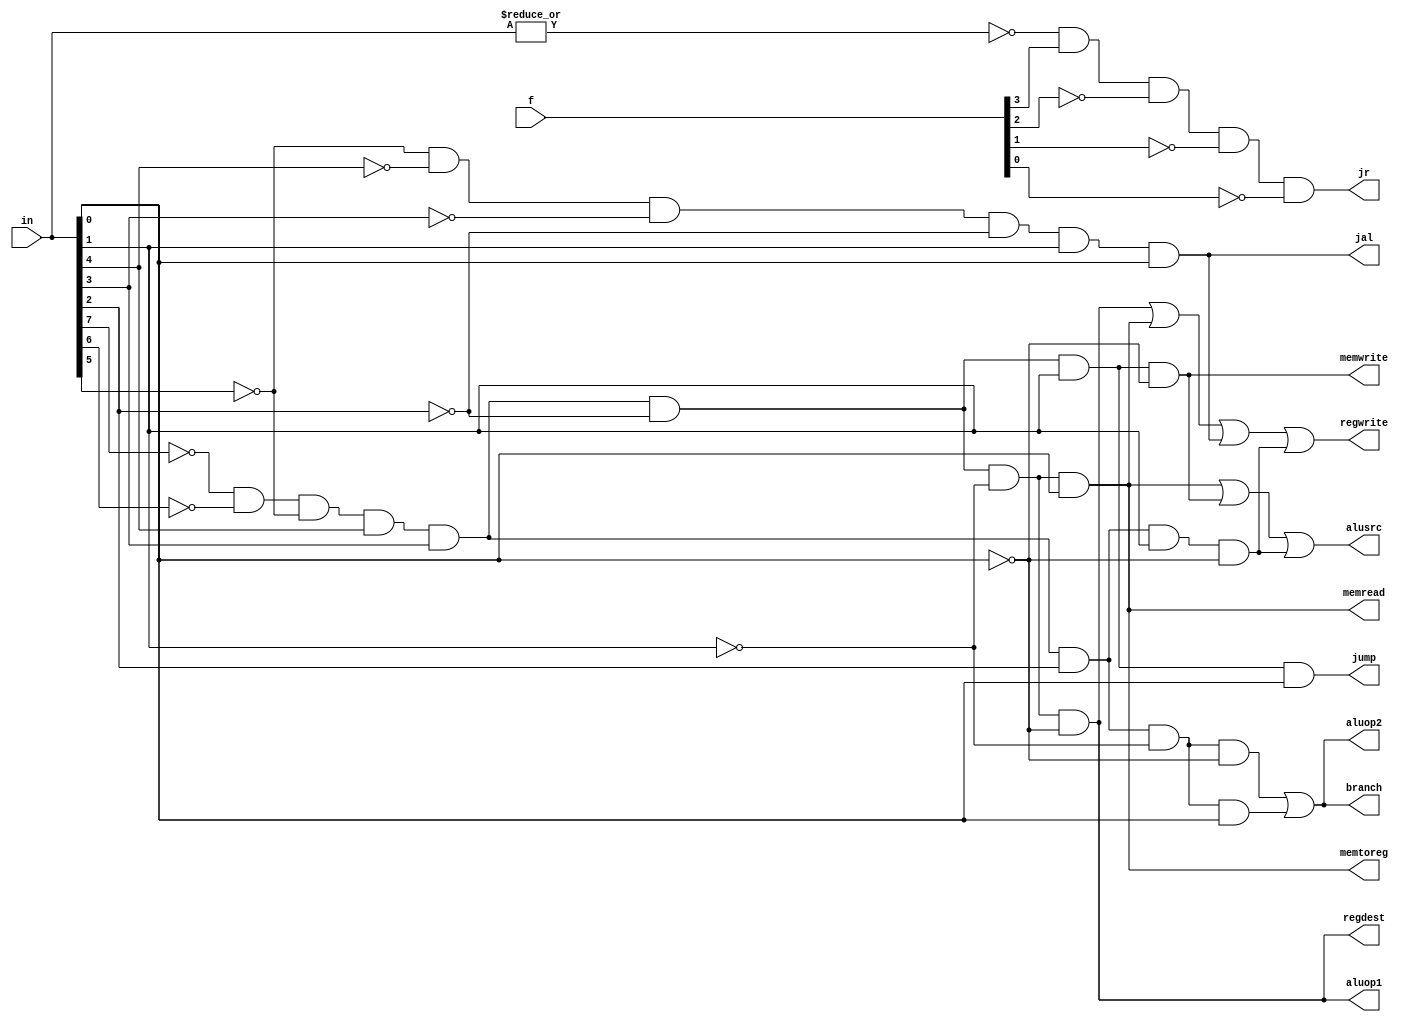
module control(in,f, regdest, alusrc, memtoreg, regwrite, 
	       memread, memwrite, branch, aluop1, aluop2, jal, jump,jr);

input [7:0] in;
input [3:0] f;
output regdest, alusrc, memtoreg, regwrite, memread, memwrite, branch, aluop1, aluop2, jal, jump,jr;

wire rformat,lw,sw,beq,jall,j,jump_reg;

//assign rformat =~| in;

assign rformat = (~in[7])&(~in[6])&(~in[5])& (in[4])&(in[3])&(~in[2])&(~in[1])&(~in[0]); // 24 = 00011000
assign jump_reg = (~|in) & f[3]&(~f[2])&(~f[1])&(~f[0]);

assign j = (~in[7])&(~in[6])&(~in[5])& (in[4])&(in[3])&(~in[2])&in[1]&(in[0]); // 00011011 = 27
assign jall = (~in[5])& (~in[4])&(~in[3])&(~in[2])&in[1]&in[0]; // 00011001 = 2
assign lw = (~in[7])&(~in[6])&(~in[5])&(in[4])&(in[3])&(~in[2])&(~in[1])&(in[0]); // 00011001 = 25
assign sw = (~in[7])&(~in[6])&(~in[5])&(in[4])&in[3]&(~in[2])&in[1]&(~in[0]); //00011010 = 26

assign beq = (~in[7])&(~in[6])&(~in[5])&(in[4])&(in[3])&in[2]&(~in[1])&(~in[0]); // 00011100 = 28
assign bne = (~in[7])&(~in[6])&(~in[5])&(in[4])&(in[3])&in[2]&(~in[1])&(in[0]); // 00011101 = 29
assign addi = (~in[7])&(~in[6])&(~in[5])&(in[4])&(in[3])&in[2]&(in[1])&(~in[0]); // 00011110 = 30

assign regdest = rformat;

assign alusrc = lw|sw|addi;
assign memtoreg = lw;
assign regwrite = rformat|lw|jall|addi;
assign memread = lw;
assign memwrite = sw;
assign branch = beq|bne;
assign aluop1 = rformat;
assign aluop2 = beq|bne;
assign jal = jall;
assign jump = j;//|jal;
assign jr = jump_reg;


endmodule